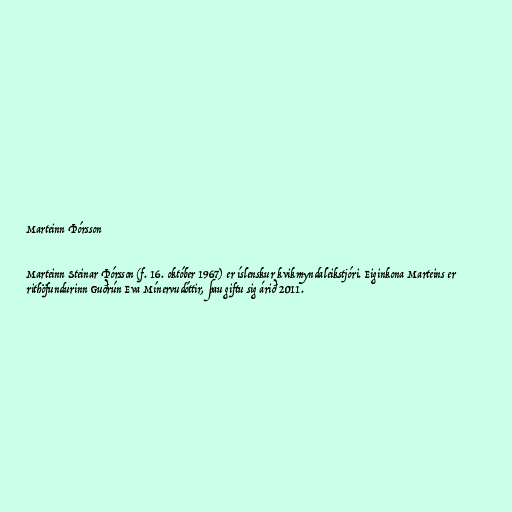
Marteinn Þórsson

Marteinn Steinar Þórsson (f. 16. október 1967) er íslenskur kvikmyndaleikstjóri. Eiginkona Marteins er
rithöfundurinn Guðrún Eva Mínervudóttir, þau giftu sig árið 2011.